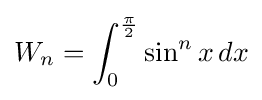
W_{n}=\int _{0}^{\frac {\pi }{2}}\sin ^{n}x\,dx